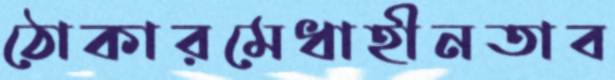
ঠোকারমেধাহীনতাব